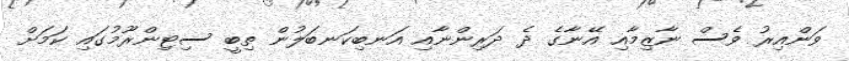
ވަންއިރު ވެސް ނާޒިމާއި އޭނާގެ ދެ ދަރިންނާއި އަނބިކަނބަލުން ތިބީ ސިޓިންރޫމުގައި ކަމަށް